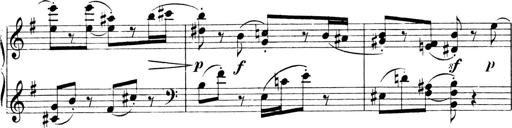
Title: 4 Sonatines
Composer: Max Reger